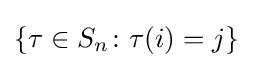
\{\tau \in S_{n}\colon \tau (i)=j\}